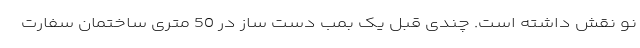
نو نقش داشته است. چندی قبل یک بمب دست ساز در 50 متری ساختمان سفارت